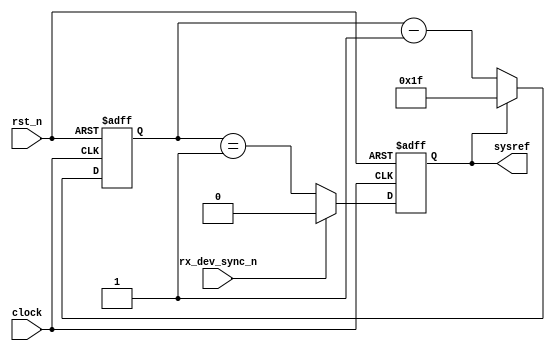
module gen_multi_sysref #(
   parameter F = 4,
	parameter K = 32
) (
   input wire clock,
   input wire rst_n,
//   input wire [4:0] csr_k,
	input wire rx_dev_sync_n,
 //  input wire [7:0] csr_f,
   output reg sysref
);

//localparam csr_k = 8; // Temporary

reg [8:0] n_lmfc_cnt, lmfc_cnt; 
wire n_sysref;

always @ (posedge clock or negedge rst_n) begin
   if (!rst_n) begin
      lmfc_cnt <= 9'h4;
      sysref   <= 1'b0;
   end else begin
      lmfc_cnt <= n_lmfc_cnt;
      sysref   <= n_sysref;
   end
end

//Since F is fix to 4, thus use csr_k to capture lmfc boundary
assign  n_sysref = (rx_dev_sync_n)? 1'b0 :(lmfc_cnt == 1);
//assign n_sysref = (lmfc_cnt == 1'b1);
always @(*) begin
   if (sysref) begin
//   n_lmfc_cnt = (csr_k+1'b1)*F/4 -1'b1;
   n_lmfc_cnt = K*F/4 -1'b1;
   end else begin
   n_lmfc_cnt = lmfc_cnt - 9'h1;
   end
end

endmodule